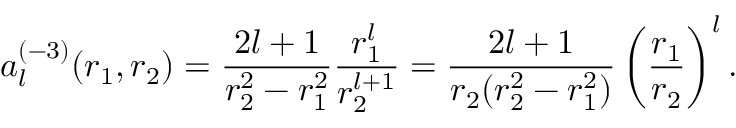
{ a } _ { l } ^ { ( - 3 ) } ( r _ { 1 } , r _ { 2 } ) = \frac { 2 l + 1 } { r _ { 2 } ^ { 2 } - r _ { 1 } ^ { 2 } } \frac { r _ { 1 } ^ { l } } { r _ { 2 } ^ { l + 1 } } = \frac { 2 l + 1 } { r _ { 2 } ( r _ { 2 } ^ { 2 } - r _ { 1 } ^ { 2 } ) } \left( \frac { r _ { 1 } } { r _ { 2 } } \right) ^ { l } .